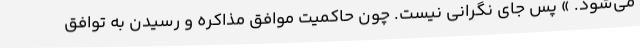
می‌شود. » پس جای نگرانی نیست. چون حاکمیت موافق مذاکره و رسیدن به توافق